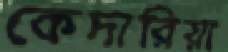
কেদারিয়া